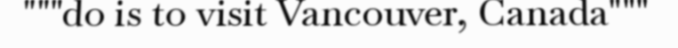
"""do is to visit Vancouver, Canada"""